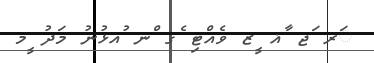
ަރ ަޖ ާޣ ީޒ ވެއްޓި ެގ ްނ ުއޅުނު މަދު ީމ